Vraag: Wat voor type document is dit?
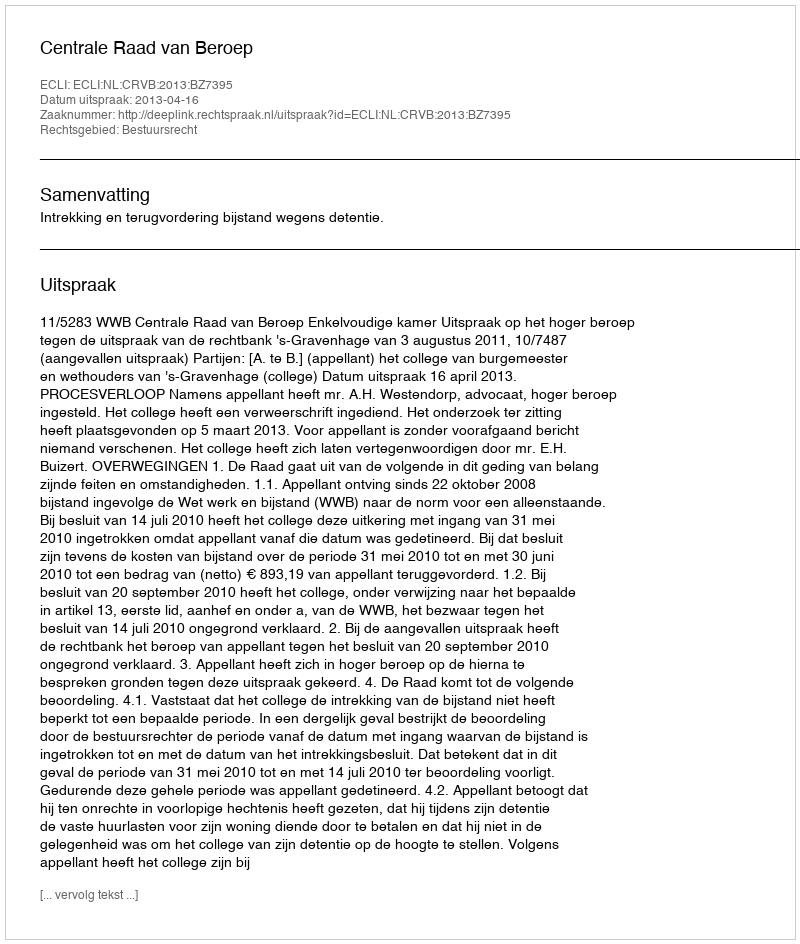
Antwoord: Uitspraak